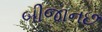
બીજાનછ